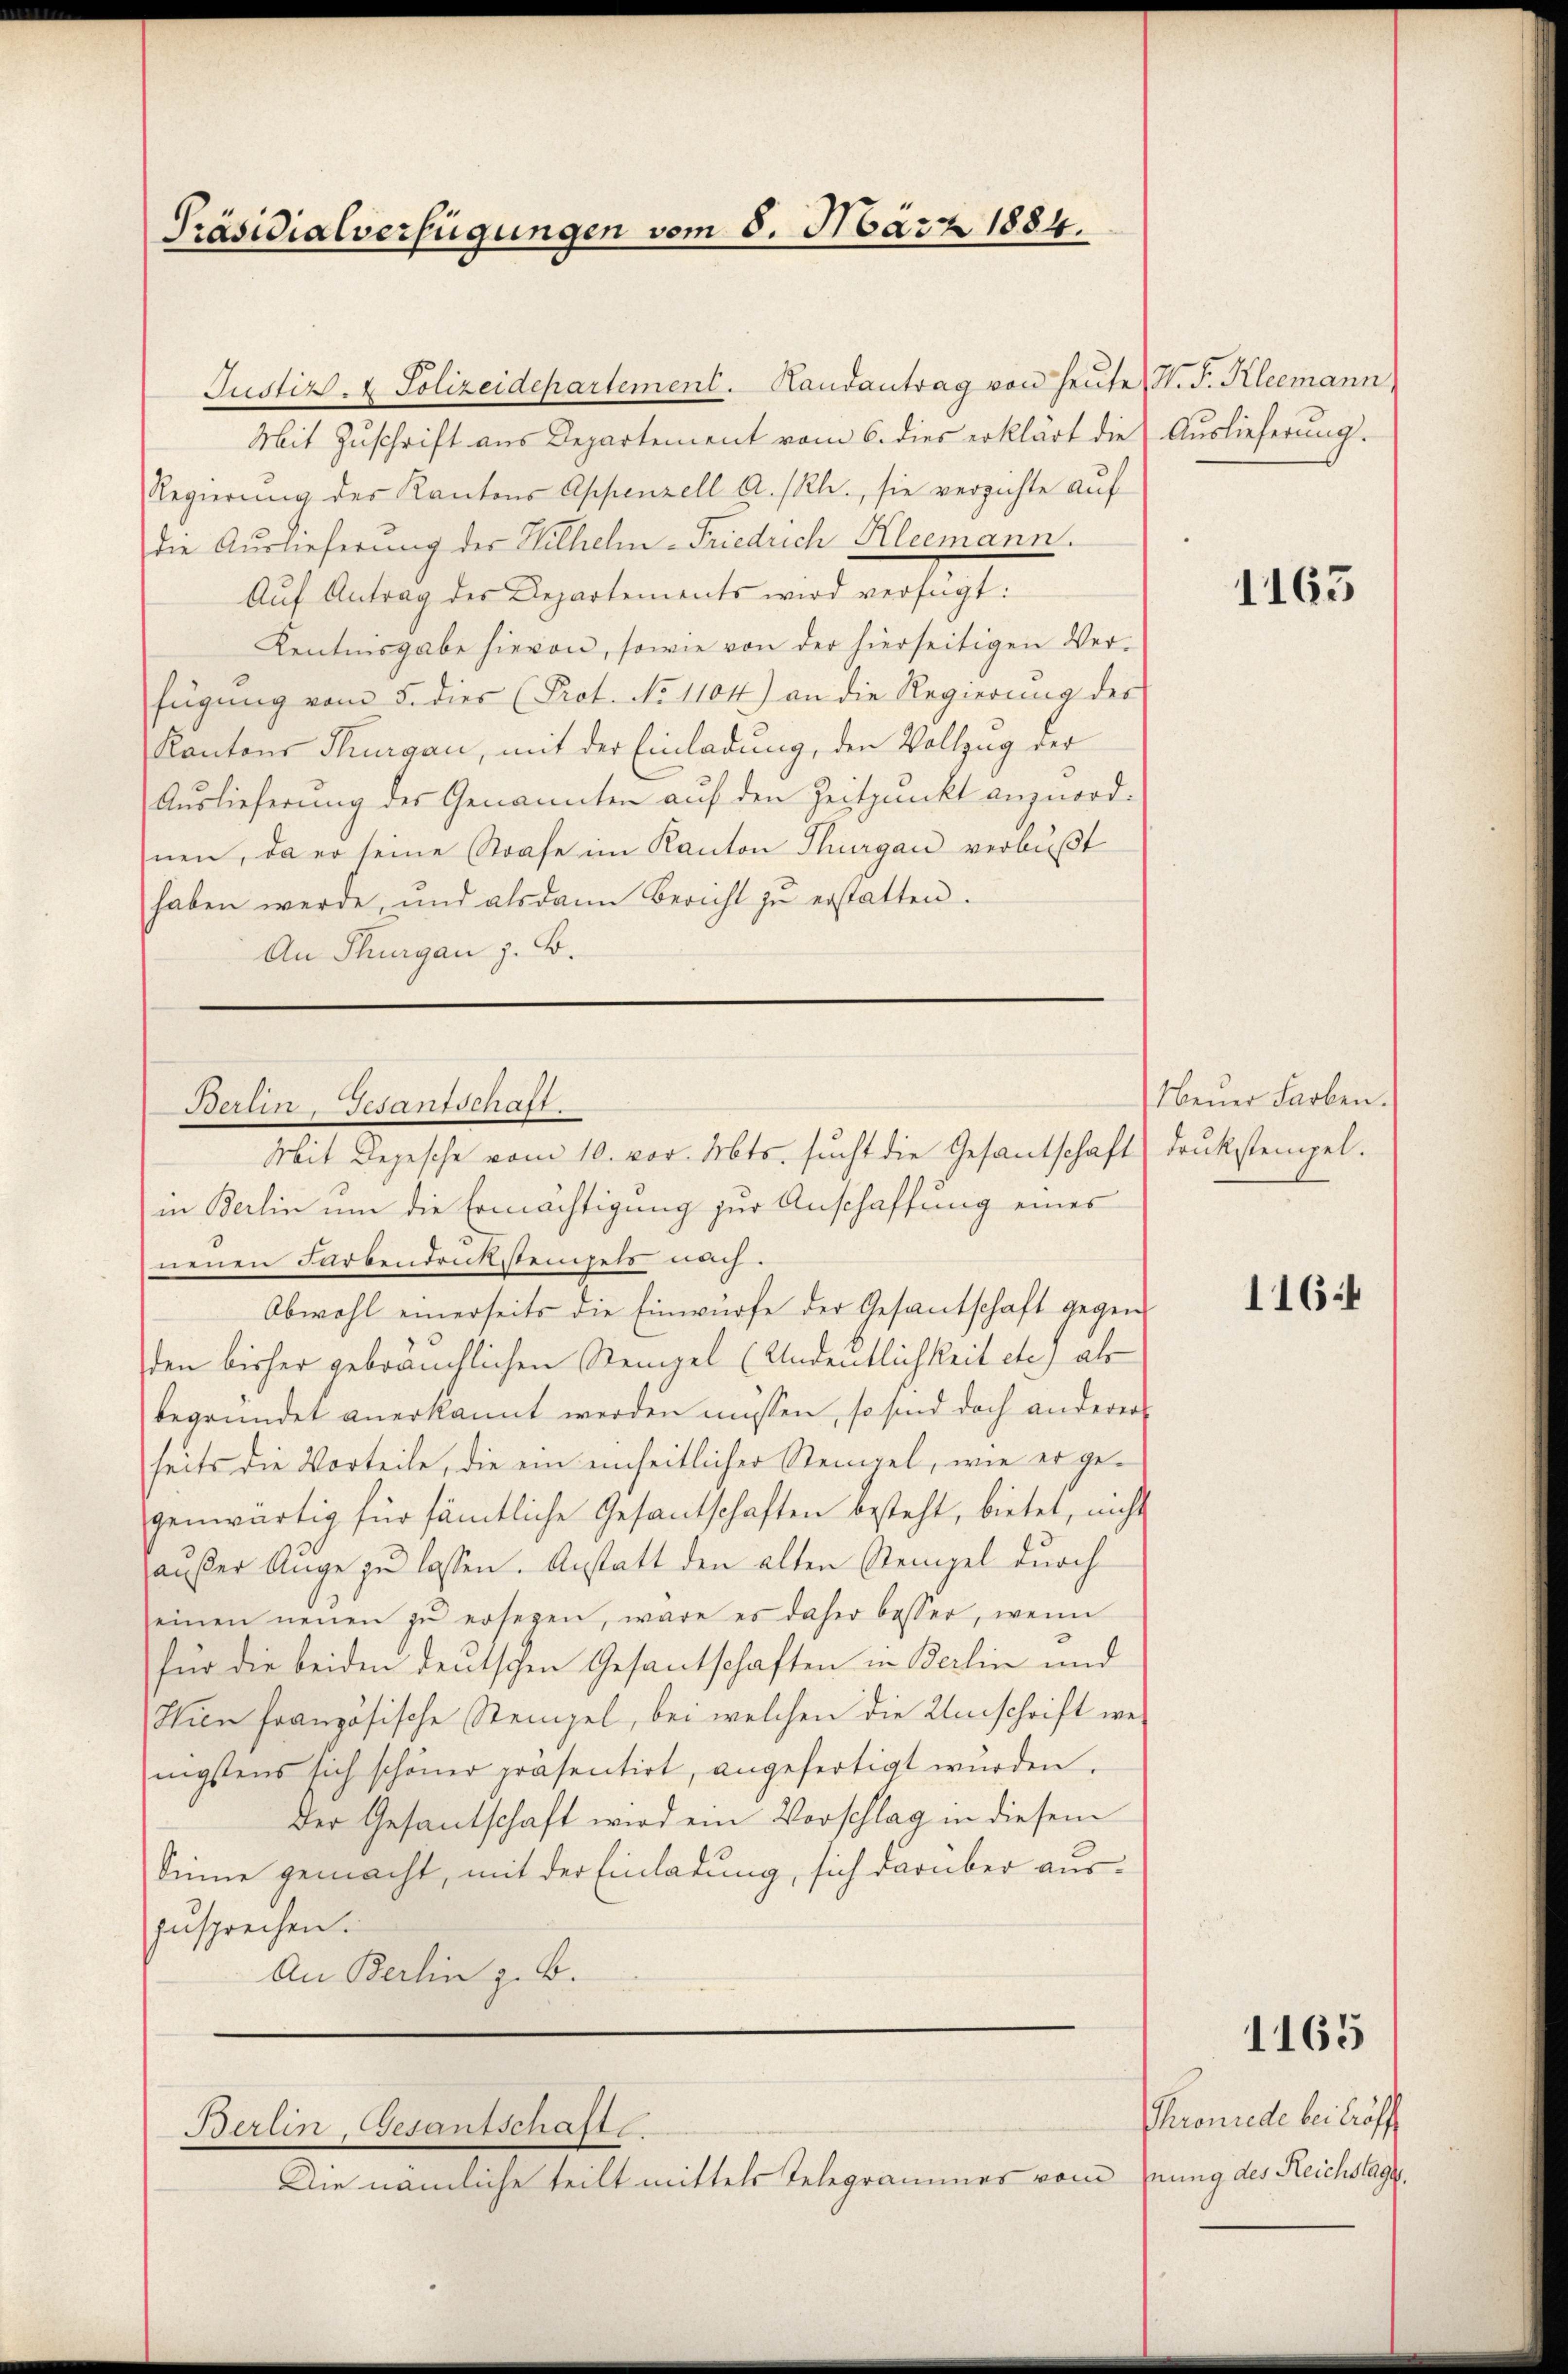
Präsidialverfügungen vom 5. März 1884.

Mit Zuschrift aus Departement vom 6. dies erklärt die Auslieferung.
Regierung des Kantons Appenzell A.-Rh., sie verzichte auf
die Auslieferung der Wilhelm-Friedrich Kleemann.
Aŭf Antrag des Departements wird verfügt:
Kentnisgabe hievon, sowie von der hierseitigen Ver-
fügŭng vom 5. dies (Prot. No 1104) an die Regierung des
Kantons Thurgau, mit der Einladung, den Vollzug der
Auslieferung der Genannten auf den Zeitpunkt anzuordnen, da er seine Strafe im Kanton Thurgau verbußt
haben werde, und alsdann bericht zŭ erstatten.
An Thurgau z. B.

Justiz- & Polizeidepartement. Handantrag von heŭte W. F. Kleemann

Berlin, Gesantschaft.
Mit Depesche vom 10. vor. Mts. sucht die Gesantschaftsdruckstempel.
in Berlin um die Ermächtigung zur Anschaffung eines

Die nämliche teilt mittels Telegrammes vom

neuen Farbendruckstempels nach.
Obwohl einerseits die Einwürfe der Gesantschaft gegenden bisher gebräuchlichen Stempel (Andeutlichkeit etc.) als
begründet anerkannt werden müssen, so sind doch anderer
heits die Vorteile, die ein einheitlicher Steigel, wie er gegenwärtig für sämtliche Gesantschaften besteht, bietet, nicht
außer Auge zu lassen. Anstatt den alten Stempel durch
seinen neuen zŭ ersezen, wäre es daher besser, wenn
für die beiden deutschen Gesantschaften in Berlin und
Wien französische Stempel, bei welchen die Umschrift we
nigstens sich schöner präsentirt, angefertigt würden.
Der Gesantschaft wird ein Vorschlag in diesem
Sinne gemacht, mit der Einladung, sich darüber auszusprechen.
An Berlin z. B.

Berlin, Gesantschaft.

1165

Neŭer Farben.

1164

Proniede bei Eröff
nung des Reichstage.

1165